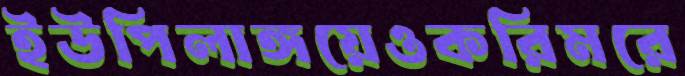
ইউপিলাঙ্গয়েওকরিমরে